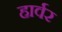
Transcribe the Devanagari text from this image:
हार्वर